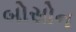
બોસોન